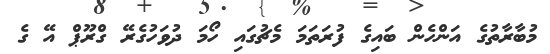
މުބާރާތުގެ އަންހެން ބައިގެ ފުރަތަމަ މެޗުގައި ހޯމަ ދުވަހުގެރޭ ގްރޫޕް އޭ ގެ